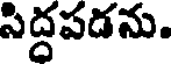
సిద్దపడను.